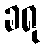
ခရု